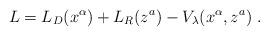
\begin{align*}L=L_{D}(x^{\alpha })+L_{R}(z^{a})-V_{\lambda }(x^{\alpha },z^{a})\;.\end{align*}